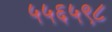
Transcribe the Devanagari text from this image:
५५६५९८